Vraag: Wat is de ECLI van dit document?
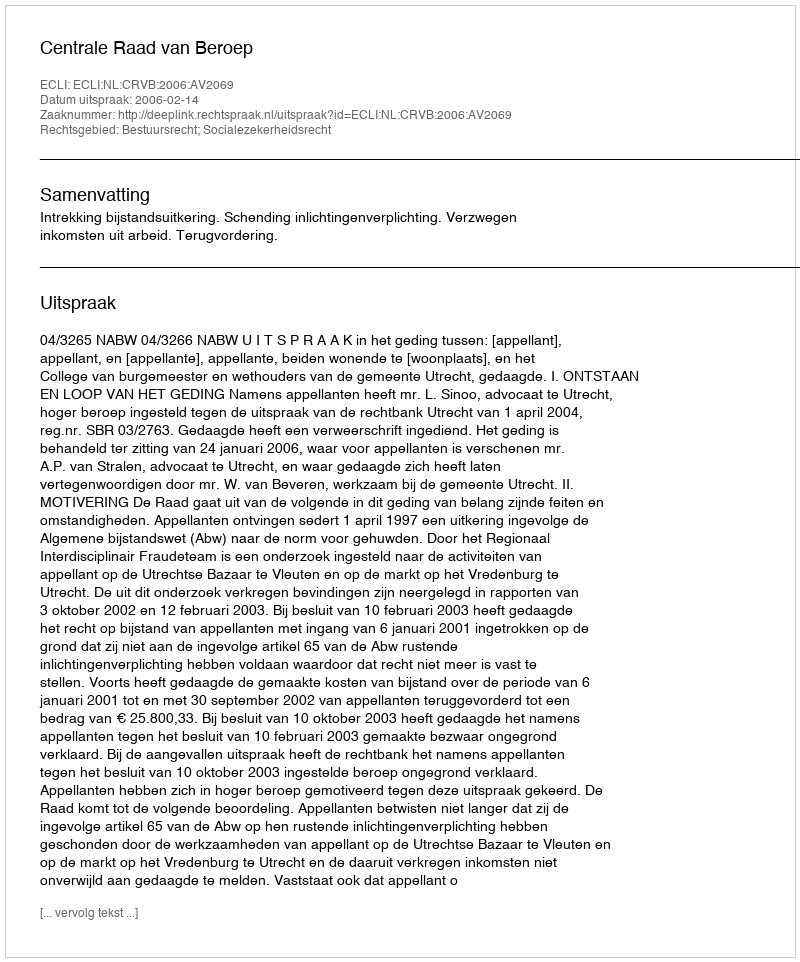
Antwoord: ECLI:NL:CRVB:2006:AV2069